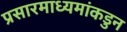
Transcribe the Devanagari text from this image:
प्रसारमाध्यमांकडुन